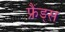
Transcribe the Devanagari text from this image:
फ्रैंड्स